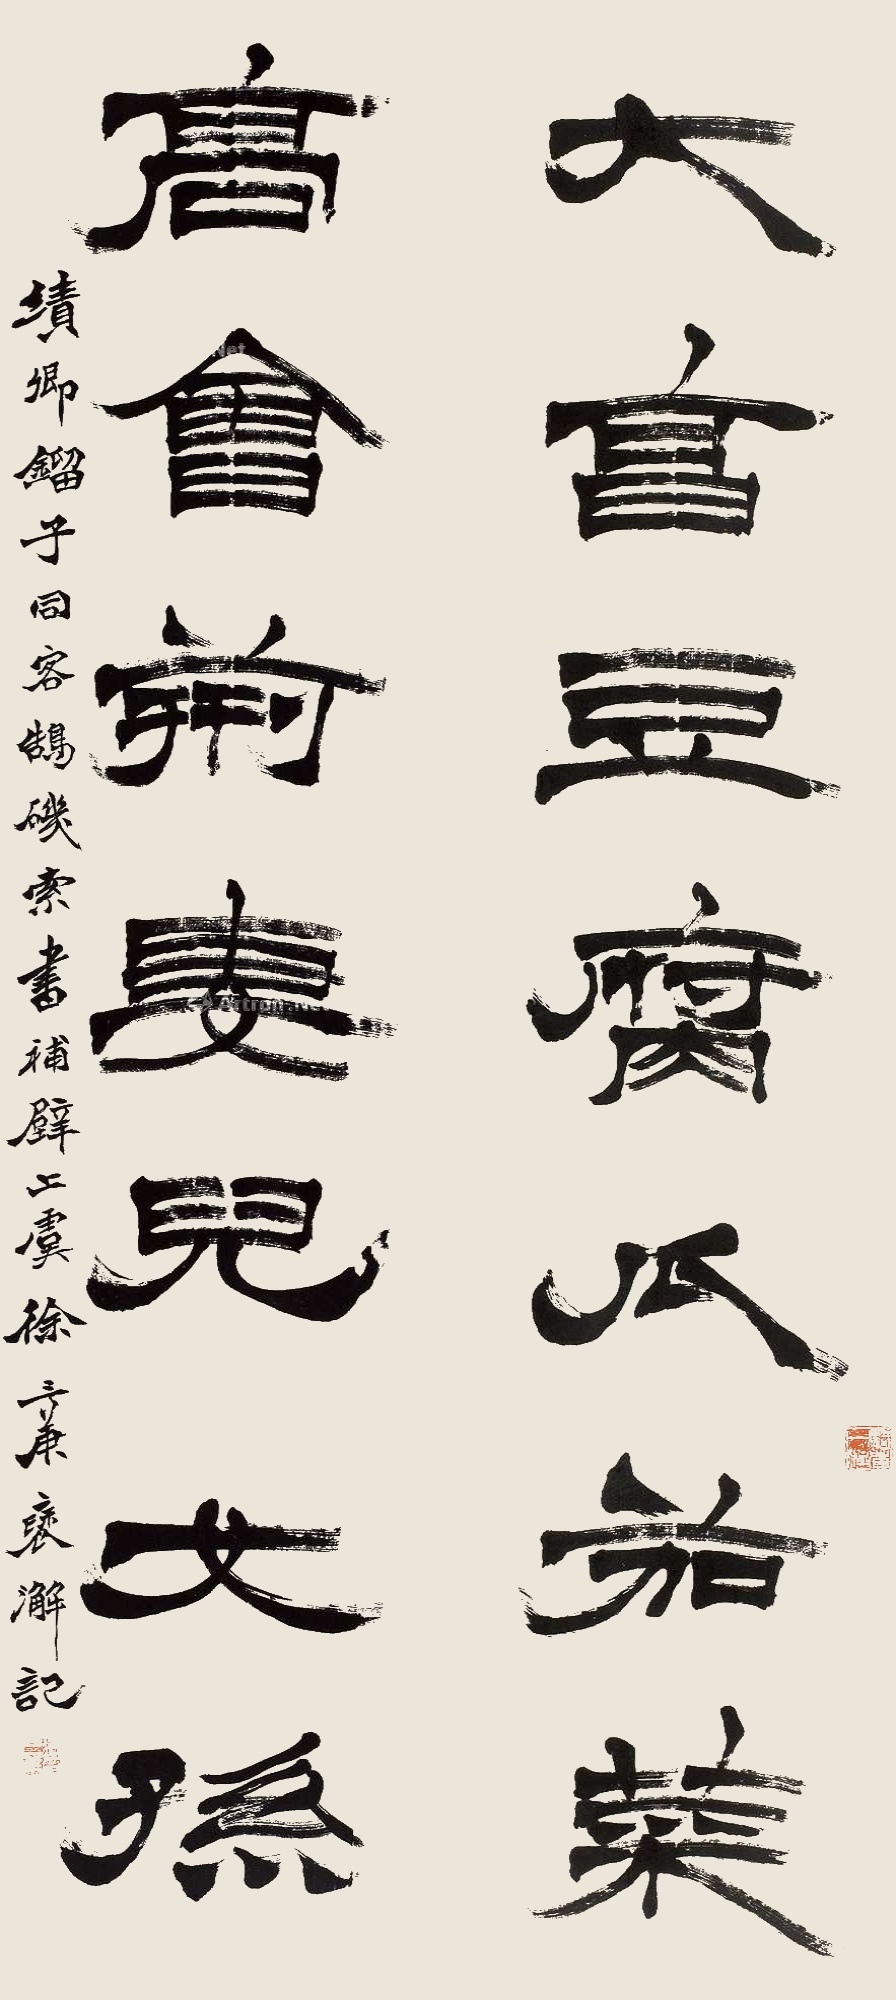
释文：大烹豆腐瓜茄菜，高会荆妻儿女孙。绩卿镏子同客鹄矶，索书补壁，上虞徐三庚褎澥记。